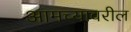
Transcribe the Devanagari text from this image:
आमच्यावरील